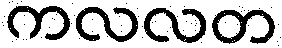
ကလလတ